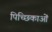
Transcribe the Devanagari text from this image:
पिच्छिकाओं